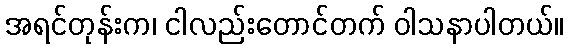
အရင်တုန်းက၊ ငါလည်းတောင်တက် ဝါသနာပါတယ်။